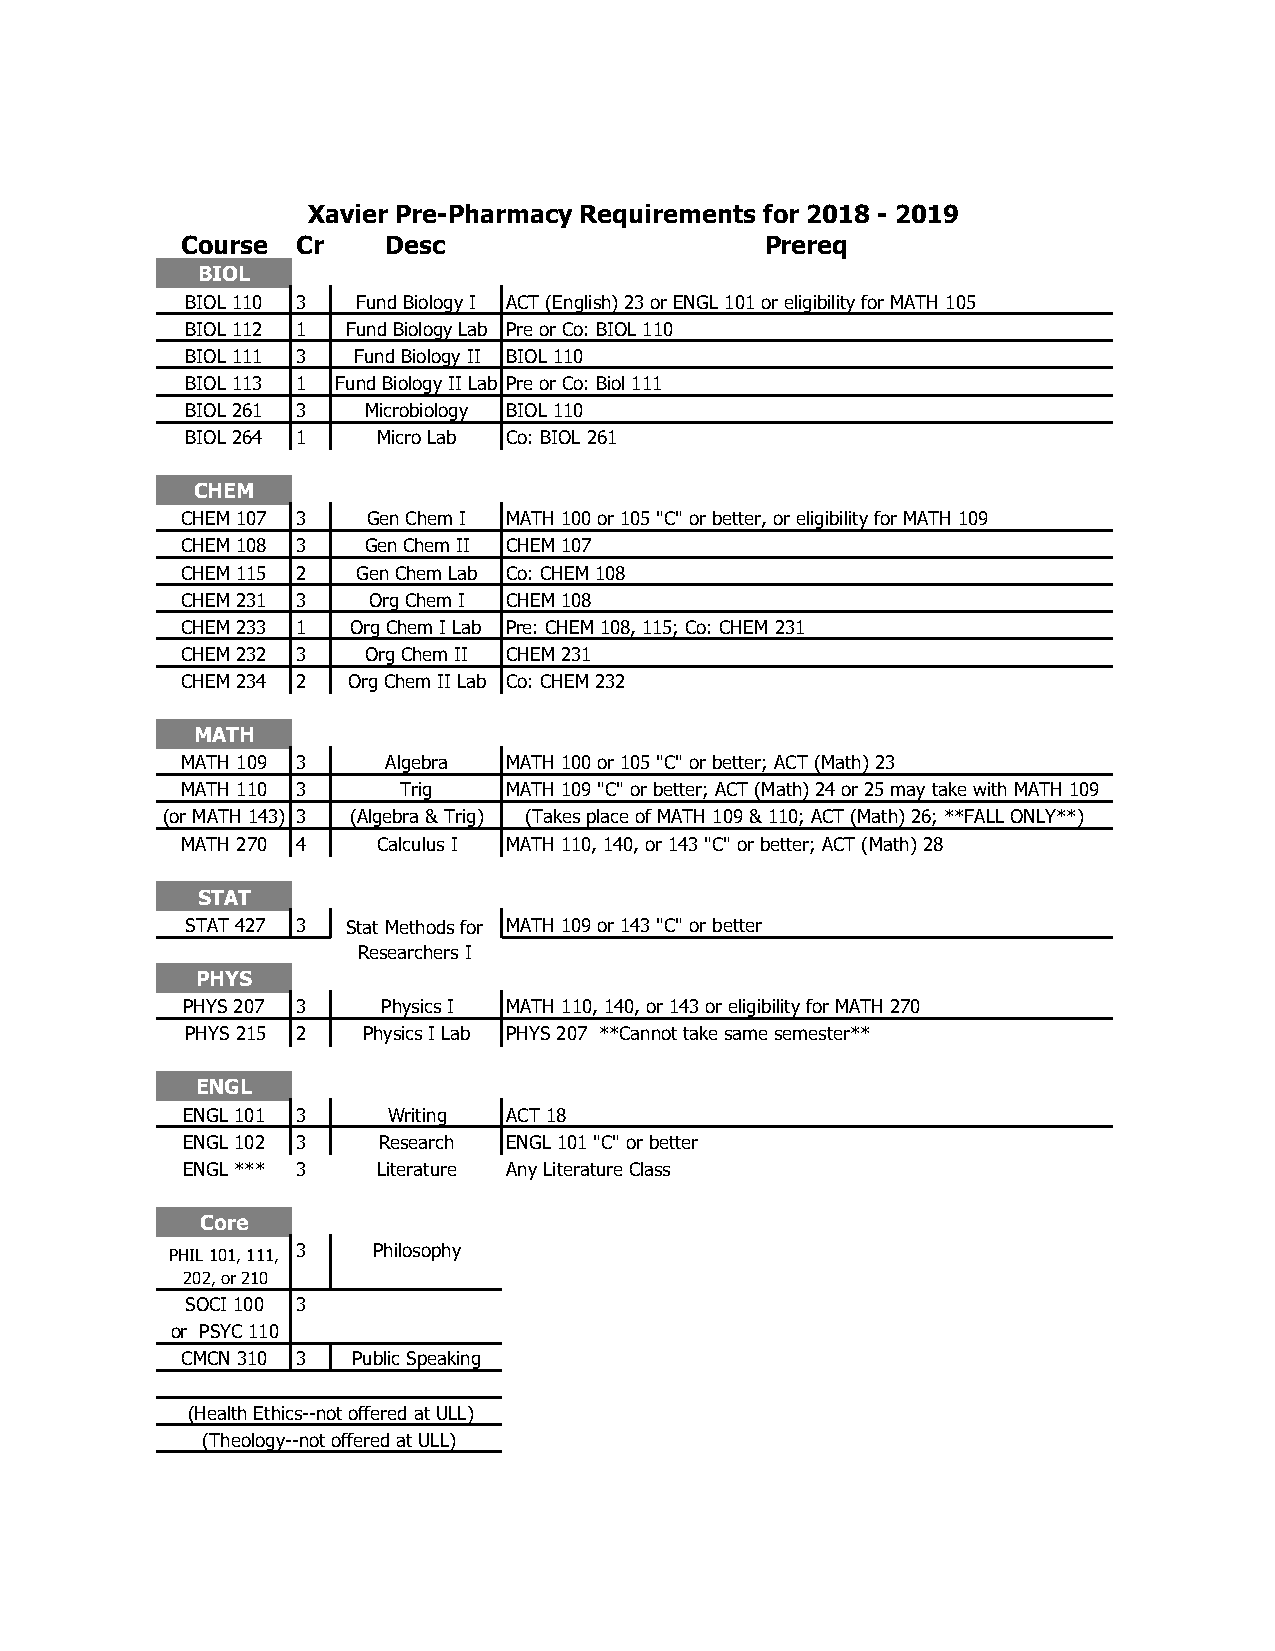
Xavier Pre-Pharmacy Requirements for 2018 - 2019
 Course  Cr    Desc                     Prereq
 BIOL
 BIOL 110 3  Fund Biology I ACT (English) 23 or ENGL 101 or eligibility for MATH 105
 BIOL 112 1 Fund Biology Lab Pre or Co: BIOL 110
 BIOL 111 3 Fund Biology II BIOL 110
 BIOL 113 1 Fund Biology II Lab Pre or Co: Biol 111
 BIOL 261 3  Microbiology BIOL 110
 BIOL 264 1   Micro Lab Co: BIOL 261
 CHEM
 CHEM 107 3  Gen Chem I MATH 100 or 105 "C" or better, or eligibility for MATH 109
 CHEM 108 3  Gen Chem II CHEM 107
 CHEM 115 2  Gen Chem Lab Co: CHEM 108
 CHEM 231 3  Org Chem I CHEM 108
 CHEM 233 1 Org Chem I Lab Pre: CHEM 108, 115; Co: CHEM 231
 CHEM 232 3  Org Chem II CHEM 231
 CHEM 234 2 Org Chem II Lab Co: CHEM 232
 MATH
 MATH 109 3    Algebra MATH 100 or 105 "C" or better; ACT (Math) 23
 MATH 110 3    Trig    MATH 109 "C" or better; ACT (Math) 24 or 25 may take with MATH 109
 (or MATH 143) 3 (Algebra & Trig) (Takes place of MATH 109 & 110; ACT (Math) 26; **FALL ONLY**)
 MATH 270 4   Calculus I MATH 110, 140, or 143 "C" or better; ACT (Math) 28
 STAT
 STAT 427 3 Stat Methods for MATH 109 or 143 "C" or better
 Researchers I
 PHYS
 PHYS 207 3   Physics I MATH 110, 140, or 143 or eligibility for MATH 270
 PHYS 215 2  Physics I Lab PHYS 207 **Cannot take same semester**
 ENGL
 ENGL 101 3    Writing ACT 18
 ENGL 102 3   Research ENGL 101 "C" or better
 ENGL *** 3   Literature Any Literature Class
 Core
 PHIL 101, 111, 3 Philosophy
 202, or 210
 SOCI 100 3
 or PSYC 110
 CMCN 310 3 Public Speaking
 (Health Ethics--not offered at ULL)
 (Theology--not offered at ULL)